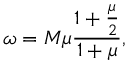
\omega = M \mu \frac { 1 + \frac { \mu } 2 } { 1 + \mu } ,